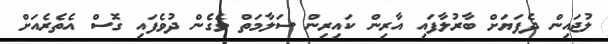
ލުޖައިން ދެފަޔަށް ބާރުލާފައި އާރިން ކައިރިން ސަލާމަތް ވެގެން ދުވެފައި ގޮސް އެތެރެއަށް